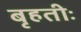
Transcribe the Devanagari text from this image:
बृहतीः